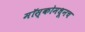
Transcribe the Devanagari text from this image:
मॉस्कोमधूनच